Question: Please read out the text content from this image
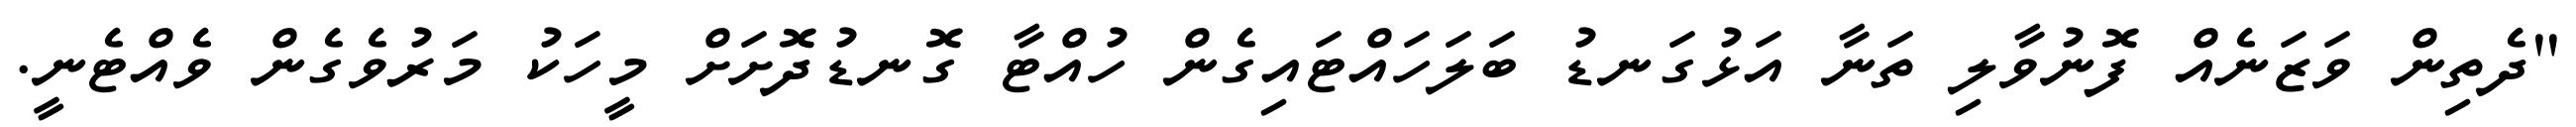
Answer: "ދެތިން ވަޒަނެއް ފޮނުވާލި ތަނާ އަޅުގަނޑު ބަލަހައްޓައިގެން ހުއްޓާ ގޮނޑުދޮށަށް މީހަކު މަރުވެގެން ވެއްޓެނީ.